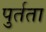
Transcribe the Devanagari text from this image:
पुर्तता